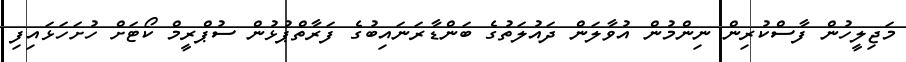
މަޖިލީހުން ފާސްކުރިން ނިންމުން އުވާލަން ދައުލަތުގެ ބަންޑާރަނައިބުގެ ފަރާތްޕުޅުން ސުޕްރީމް ކޯޓަށް ހުށަހަޅައިފި